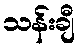
သန်းချီ